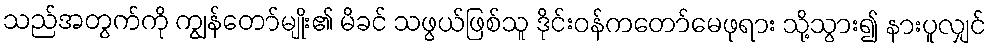
သည်အတွက်ကို ကျွန်တော်မျိုး၏ မိခင် သဖွယ်ဖြစ်သူ ဒိုင်းဝန်ကတော်မေဖုရား သို့သွား၍ နားပူလျှင်